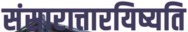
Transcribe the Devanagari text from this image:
संसारात्तारयिष्यति